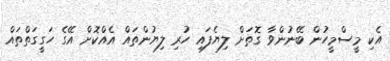
އެކި މީސްމީހުން ބޭނުންވާ ގޮތަށް ލިޔެފައި ހުރި ލިޔުންތައް އެއްކޮށް އޭގެ ހަގީގަތްތައް